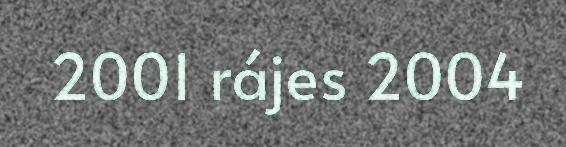
2001 rájes 2004